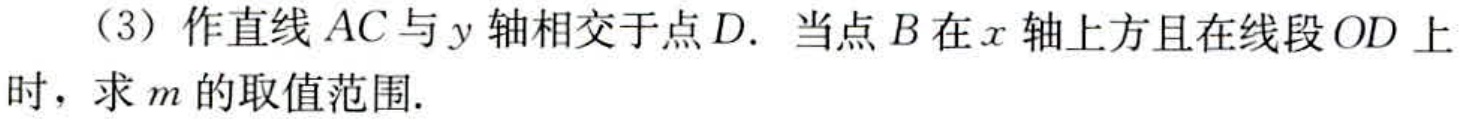
（3）作直线 \(AC\) 与 \(y\) 轴相交于点 \(D\). 当点 \(B\) 在 \(x\) 轴上方且在线段 \(OD\) 上时，求 \(m\) 的取值范围.